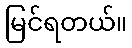
မြင်ရတယ်။